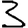
Digit: 3